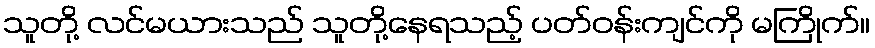
သူတို့ လင်မယားသည် သူတို့နေရသည့် ပတ်ဝန်းကျင်ကို မကြိုက်။